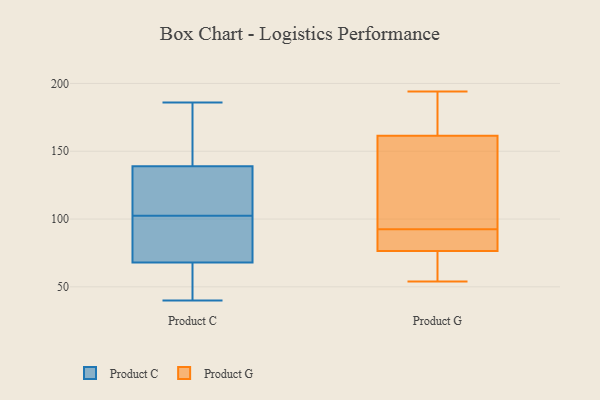
{"axis": {"x": "Shipments", "y": "Value"}, "legend": ["Product C", "Product G"], "data": [{"x": "", "y": 139, "type": "Product C"}, {"x": "", "y": 40, "type": "Product C"}, {"x": "", "y": 123, "type": "Product C"}, {"x": "", "y": 107, "type": "Product C"}, {"x": "", "y": 54, "type": "Product C"}, {"x": "", "y": 98, "type": "Product C"}, {"x": "", "y": 61, "type": "Product C"}, {"x": "", "y": 148, "type": "Product C"}, {"x": "", "y": 186, "type": "Product C"}, {"x": "", "y": 179, "type": "Product C"}, {"x": "", "y": 83, "type": "Product C"}, {"x": "", "y": 120, "type": "Product C"}, {"x": "", "y": 70, "type": "Product C"}, {"x": "", "y": 68, "type": "Product C"}, {"x": "", "y": 194, "type": "Product G"}, {"x": "", "y": 59, "type": "Product G"}, {"x": "", "y": 56, "type": "Product G"}, {"x": "", "y": 54, "type": "Product G"}, {"x": "", "y": 87, "type": "Product G"}, {"x": "", "y": 184, "type": "Product G"}, {"x": "", "y": 118, "type": "Product G"}, {"x": "", "y": 87, "type": "Product G"}, {"x": "", "y": 152, "type": "Product G"}, {"x": "", "y": 178, "type": "Product G"}, {"x": "", "y": 132, "type": "Product G"}, {"x": "", "y": 95, "type": "Product G"}, {"x": "", "y": 90, "type": "Product G"}, {"x": "", "y": 80, "type": "Product G"}, {"x": "", "y": 73, "type": "Product G"}, {"x": "", "y": 171, "type": "Product G"}]}